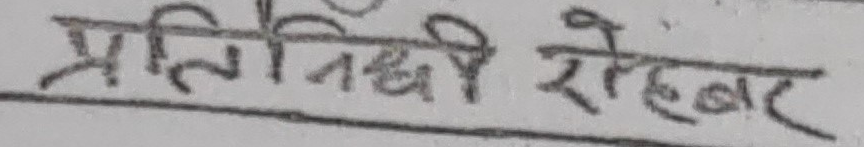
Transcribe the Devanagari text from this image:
प्रतिनिधि रोहबर